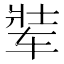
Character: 𬨋